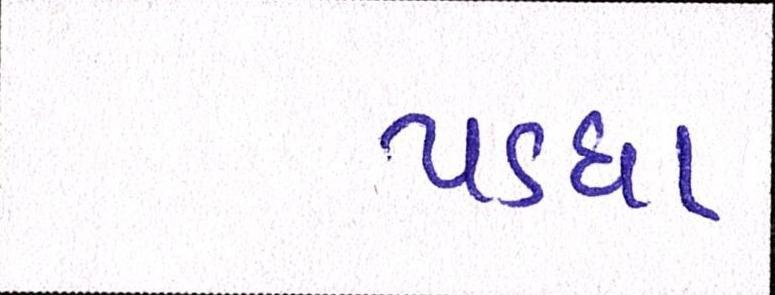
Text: પડઘા